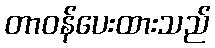
တာဝန်ပေးထားသည်